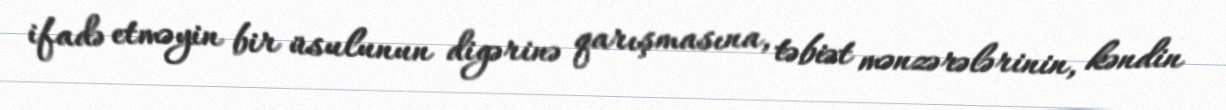
ifadə etməyin bir üsulunun digərinə qarışmasına, təbiət mənzərələrinin, kəndin